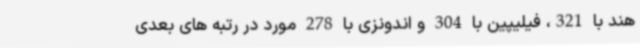
هند با 321، فیلیپین با 304 و اندونزی با 278 مورد در رتبه های بعدی